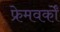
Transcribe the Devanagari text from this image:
फ्रेमवर्कों